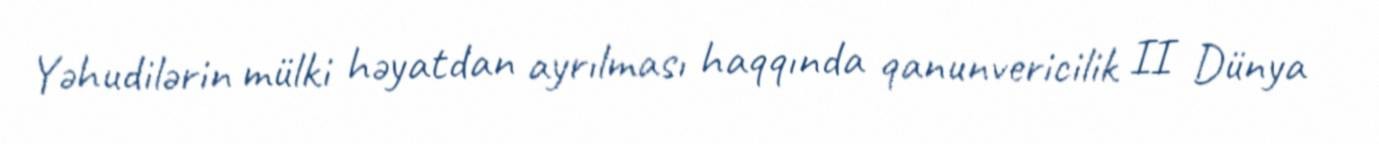
Yəhudilərin mülki həyatdan ayrılması haqqında qanunvericilik II Dünya